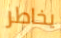
يخاطر